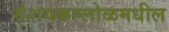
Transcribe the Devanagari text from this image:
संशयकल्लोळमधील